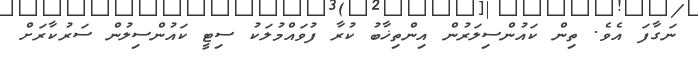
ނަގާފަ އެވެ. ތިން ކައުންސިލަރުން އިންތިޚާބު ކުރާ ފުވައްމުލަކު ސިޓީ ކައުންސިލުން ސަރުކާރަށް